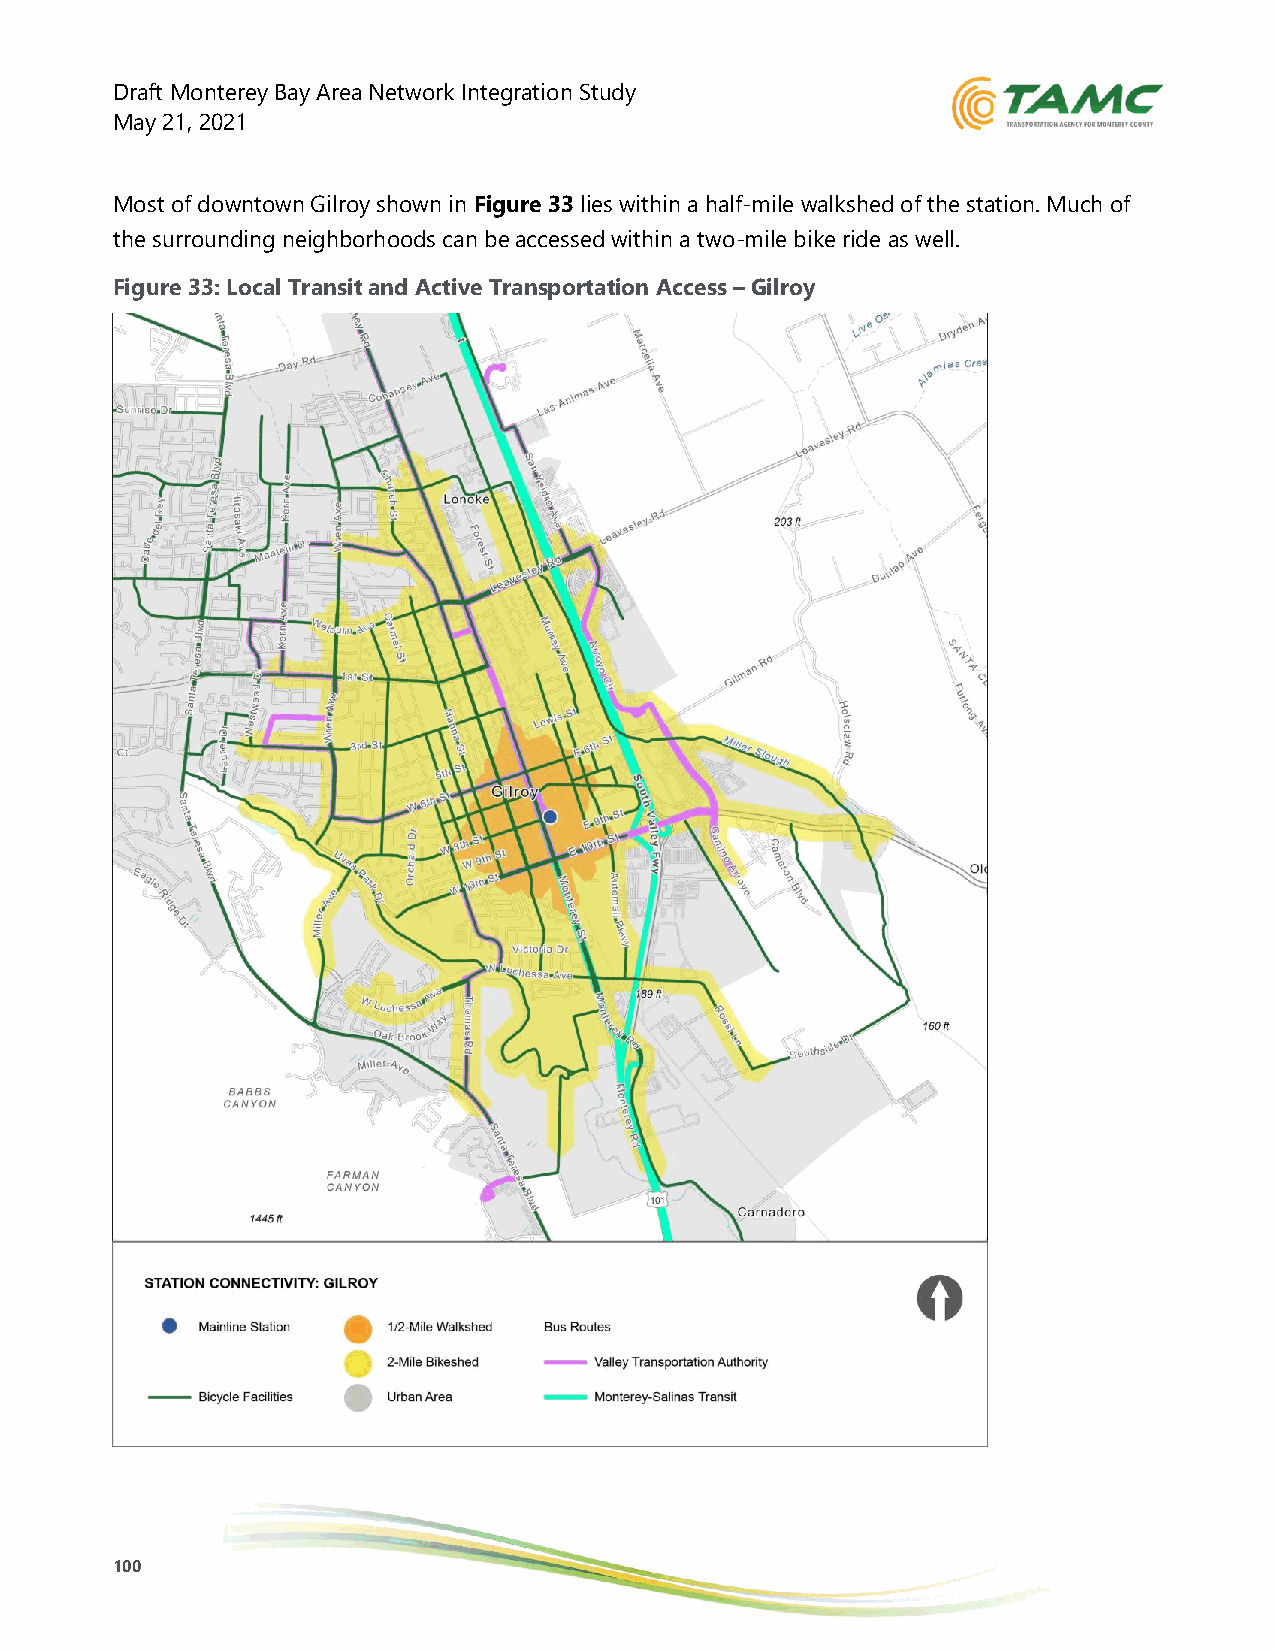
Draft Monterey Bay Area Network Integration Study
 May 21, 2021
 Most of downtown Gilroy shown in Figure 33 lies within a half-mile walkshed of the station. Much of
 the surrounding neighborhoods can be accessed within a two-mile bike ride as well.
 Figure 33: Local Transit and Active Transportation Access – Gilroy
 100